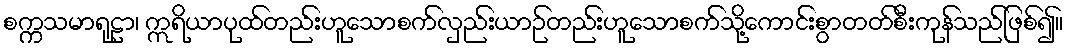
စက္ကသမာရုဠာ၊ ဣရိယာပုထ်တည်းဟူသောစက်လှည်းယာဉ်တည်းဟူသောစက်သို့ကောင်းစွာတတ်စီးကုန်သည်ဖြစ်၍။